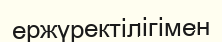
ержүректілігімен